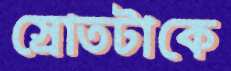
স্রোতটাকে